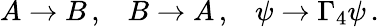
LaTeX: A\rightarrow B\, ,\; \; \; B\rightarrow A\, ,\; \; \; \psi\rightarrow\Gamma_{4}\psi\, .